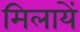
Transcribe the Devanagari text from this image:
मिलायें